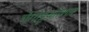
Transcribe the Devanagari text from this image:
चेंगोट्टूकोणम